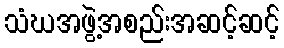
သံဃအဖွဲ့အစည်းအဆင့်ဆင့်